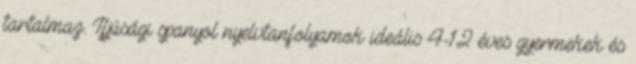
tartalmaz. Ifjúsági spanyol nyelvtanfolyamok ideális 4-12 éves gyermekek és